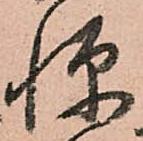
憚